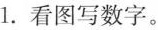
1.看图写数字。